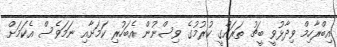
އިބްރާހިމް ވިދާޅުވީ ބީޗު ތަރައްގީ ކުރުމުގެ ވިސްނުން އެބަހުރި ކަމަށާއި ނަމަވެސް އެކަމަށް